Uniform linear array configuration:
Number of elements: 8
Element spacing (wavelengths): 0.5
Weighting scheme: binomial
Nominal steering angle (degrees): -45
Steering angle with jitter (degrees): -46.194
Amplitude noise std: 0.05
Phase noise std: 0.05

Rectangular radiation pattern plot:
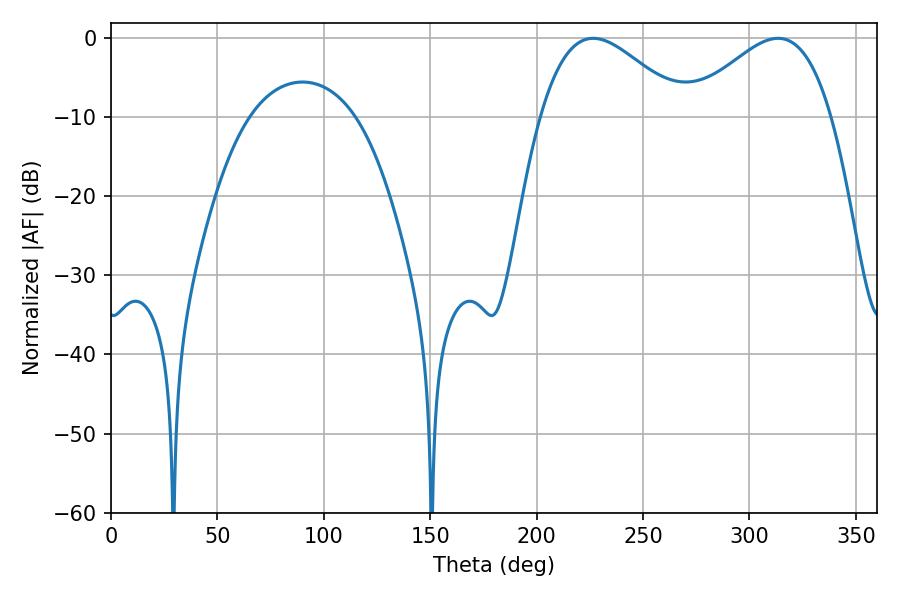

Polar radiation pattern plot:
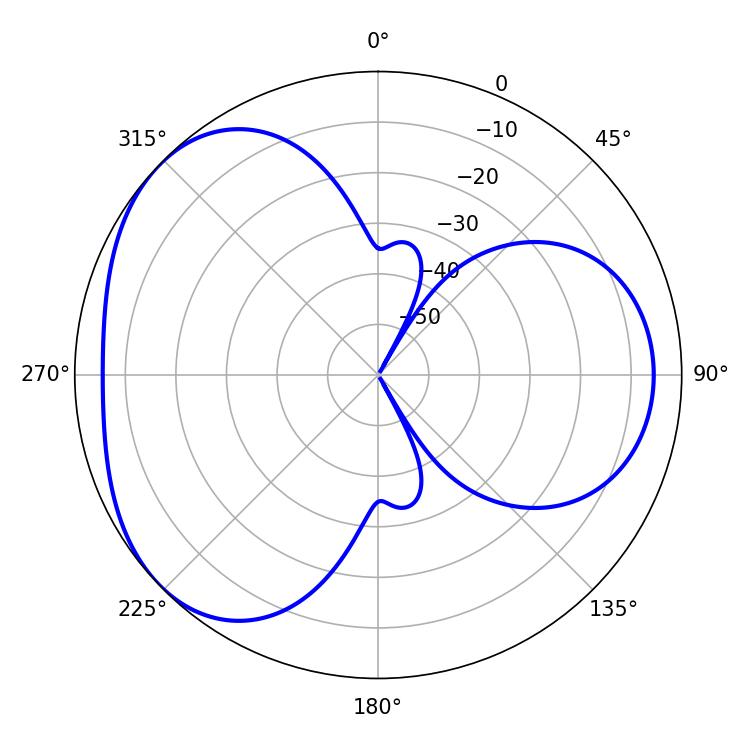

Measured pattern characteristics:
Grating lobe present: FALSE
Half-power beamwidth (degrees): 36.18
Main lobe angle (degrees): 226.62